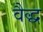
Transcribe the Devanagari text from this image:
वैद्ध